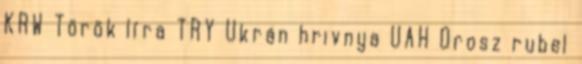
KRW Török líra TRY Ukrán hrivnya UAH Orosz rubel